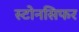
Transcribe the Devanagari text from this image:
स्टोनसिफर